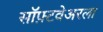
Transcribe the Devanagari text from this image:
सॉफ़्टवेअरला